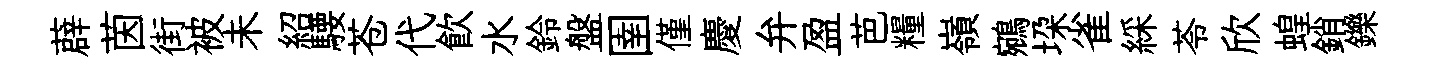
薜茵街被未紹騕苍代飮水鈴盤圉僅慶弁盈芭糧嶺鵷垜雀綵苓欣蝗銷鑠